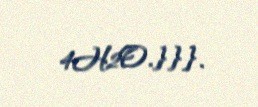
4H2O.}}}.